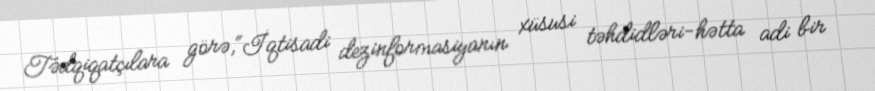
Tədqiqatçılara görə,“İqtisadi dezinformasiyanın xüsusi təhdidləri-hətta adi bir